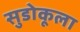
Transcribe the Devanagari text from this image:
सुडोकूला